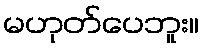
မဟုတ်ပေဘူး။